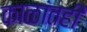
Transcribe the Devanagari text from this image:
काळांतही